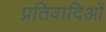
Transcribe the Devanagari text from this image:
प्रतिवादिओं